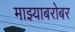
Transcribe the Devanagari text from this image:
माझ्याबरोबर